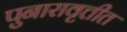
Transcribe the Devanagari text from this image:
पुनारावृत्तीत